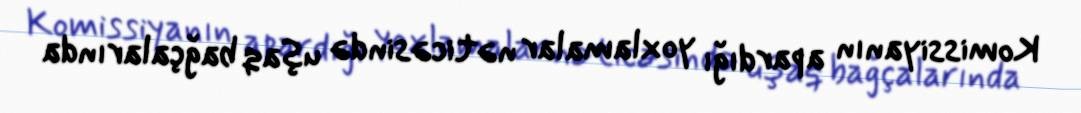
Komissiyanın apardığı yoxlamalar nəticəsində uşaq bağçalarında